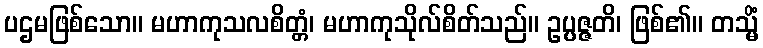
ပဌမဖြစ်သော။ မဟာကုသလစိတ္တံ၊ မဟာကုသိုလ်စိတ်သည်။ ဥပ္ပဇ္ဇတိ၊ ဖြစ်၏။ တသ္မိံ